Annual report of the Imperial Bacteriologist
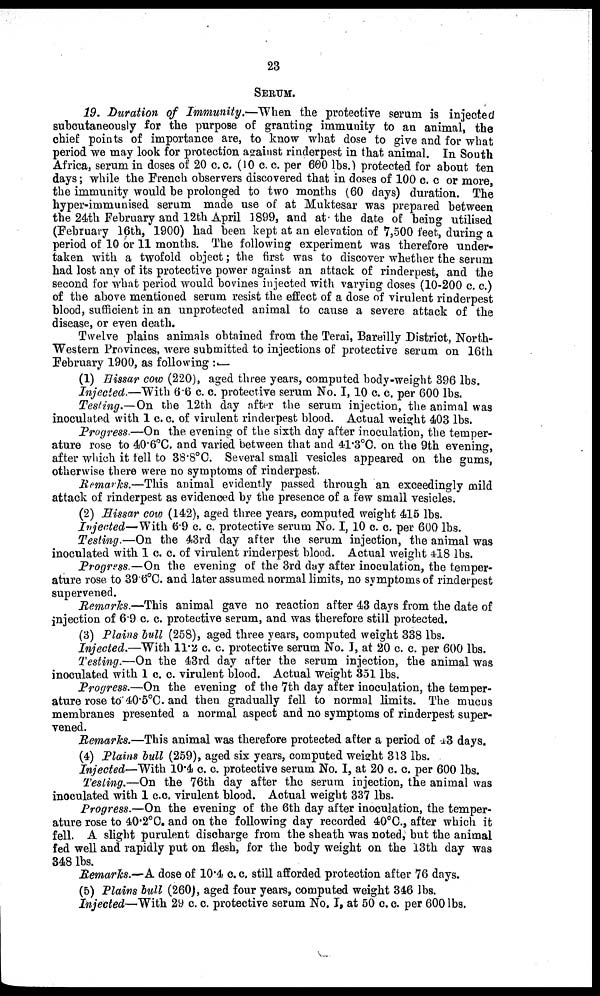
23
SERUM.
19. Duration of Immunity.—When the protective serum is injected
subcutaneously for the purpose of granting immunity to an animal, the
chief points of importance are, to know what dose to give and for what
period we may look for protection against rinderpest in that animal. In South
Africa, serum in doses of 20 c.c. (10 c. c. per 600 lbs.) protected for about ten
days ; while the French observers discovered that in doses of 100 c. c. or more,
the immunity would be prolonged to two months (60 days) duration. The
hyper-immunised serum made use of at Muktesar was prepared between
the 24th February and 12th April 1899, and at the date of being utilised
(February 16th, 1900) had been kept at an elevation of 7,500 feet, during a
period of 10 or 11 months. The following experiment was therefore under-
taken with a twofold object; the first was to discover whether the serum
had lost any of its protective power against an attack of rinderpest, and the
second for what period would bovines injected with varying doses (10-200 c. c.)
of the above mentioned serum resist the effect of a dose of virulent rinderpest
blood, sufficient in an unprotected animal to cause a severe attack of the
disease, or even death.
Twelve plains animals obtained from the Terai, Bareilly District, North-
Western Provinces, were submitted to injections of protective serum on 16th
February 1900, as following :—
(1) Hissar cow (220), aged three years, computed body-weight 396 lbs.
Injected.—With 6.6 c. c. protective serum No. I, 10 c. c. per 600 lbs.
Testing.—On the 12th day after the serum injection, the animal was
inoculated with 1 c. c. of virulent rinderpest blood. Actual weight 403 lbs.
Progress.—On the evening of the sixth day after inoculation, the temper-
ature rose to 40.6°C. and varied between that and 41.3°C. on the 9th evening,
after which it fell to 38.8°C. Several small vesicles appeared on the gums,
otherwise there were no symptoms of rinderpest.
Remarks.—This animal evidently passed through an exceedingly mild
attack of rinderpest as evidenced by the presence of a few small vesicles.
(2) Hissar cow (142), aged three years, computed weight 415 lbs.
Injected—With 6.9 c. c. protective serum No. I, 10 c. c. per 600 lbs.
Testing.—On the 43rd day after the serum injection, the animal was
inoculated with 1 c. c. of virulent rinderpest blood. Actual weight 418 lbs.
Progress.—On the evening of the 3rd day after inoculation, the temper-
ature rose to 39.6°C. and later assumed normal limits, no symptoms of rinderpest
supervened.
Remarks.—This animal gave no reaction after 43 days from the date of
injection of 6.9 c. c. protective serum, and was therefore still protected.
(3) Plains bull (258), aged three years, computed weight 338 lbs.
Injected.—With 11.2 c. c. protective serum No. I, at 20 c. c. per 600 lbs.
Testing.—On the 43rd day after the serum injection, the animal was
inoculated with 1 c. c. virulent blood. Actual weight 351 lbs.
Progress.—On the evening of the 7th day after inoculation, the temper-
ature rose to 40.5°C. and then gradually fell to normal limits. The mucus
membranes presented a normal aspect and no symptoms of rinderpest super-
vened.
Remarks.—This animal was therefore protected after a period of 43 days.
(4) Plains bull (259), aged six years, computed weight 313 lbs.
Injected—With 10.4 c. c. protective serum No. I, at 20 c. c. per 600 lbs.
Testing.—On the 76th day after the serum injection, the animal was
inoculated with 1 c.c. virulent blood. Actual weight 337 lbs.
Progress.—On the evening of the 6th day after inoculation, the temper-
ature rose to 40.2°C. and on the following day recorded 40°C., after which it
fell. A slight purulent discharge from the sheath was noted, but the animal
fed well and rapidly put on flesh, for the body weight on the 13th day was
348 lbs.
Remarks.—A dose of 10.4 c. c. still afforded protection after 76 days.
(5) Plains bull (260), aged four years, computed weight 346 lbs.
Injected—With 29 c. c. protective serum No. I, at 50 c. c. per 600 lbs.